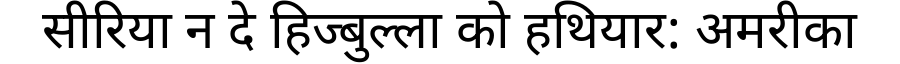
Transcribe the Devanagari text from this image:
सीरिया न दे हिज्बुल्ला को हथियार: अमरीका